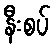
နီးစပ်